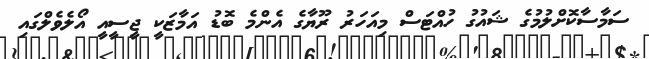
ސަމާސާކޮށްލުމުގެ ޝައުގު ހުއްޓަސް މިއަހަރު ރޫޔާގެ އެންމެ ބޮޑު އަމާޒަކީ ޖީސީއީ އޯލެވެލްގައި